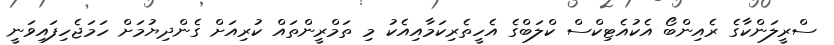
ސްރީލަންކާގެ ރެއިންބޯ އެކުއެޓިކްސް ކްލަބްގެ އެހީތެރިކަމާއިއެކު މި ތަމްރީންތައް ކުރިއަށް ގެންދިޔުމަށް ހަމަޖެހިފައިވަނީ